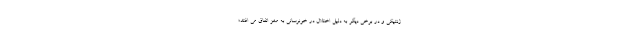
ژنتیکی و در برخی دیگر به دلیل اختلال در خونرسانی به مغز اتفاق می افتد؛